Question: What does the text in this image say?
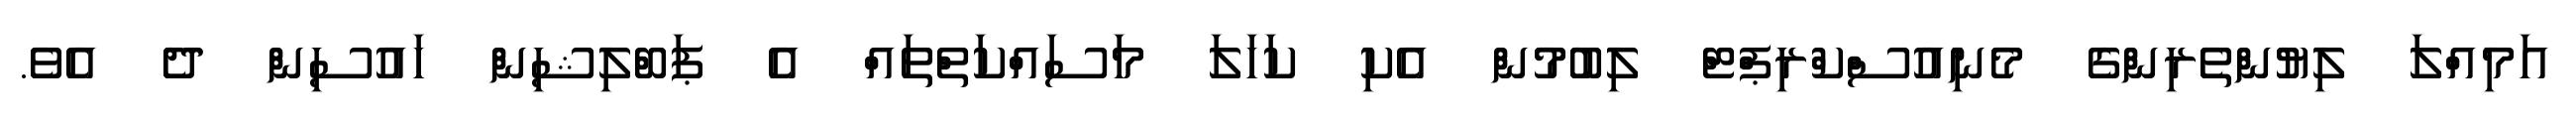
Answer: އަމިއްލަ ލިޔުންތެރިންގެ މެނިއުސްކްރިޕްޓް ލިބުމުން އެކި ކަހަލަ މަސައްކަތްތައް އެ ޕަބްލިޝިން ހައުސިން ދެ އެވެ.